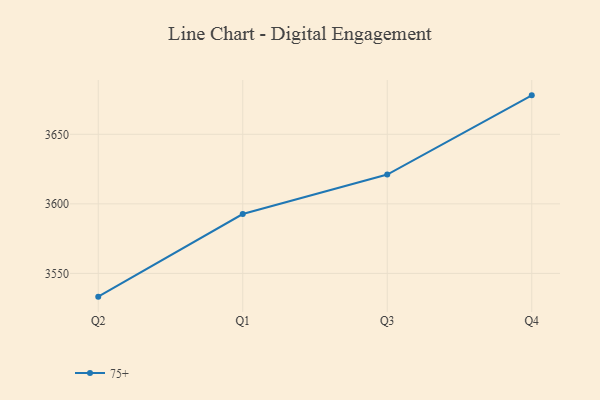
{"axis": {"x": "Quarter", "y": "Gross Profit (USD K)"}, "legend": ["75+"], "data": [{"x": "Q2", "y": 3533.3, "type": "75+"}, {"x": "Q1", "y": 3592.7, "type": "75+"}, {"x": "Q3", "y": 3621.1, "type": "75+"}, {"x": "Q4", "y": 3678.0, "type": "75+"}]}